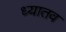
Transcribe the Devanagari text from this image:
ध्यातव